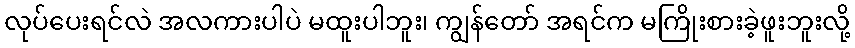
လုပ်ပေးရင်လဲ အလကားပါပဲ မထူးပါဘူး၊ ကျွန်တော် အရင်က မကြိုးစားခဲ့ဖူးဘူးလို့